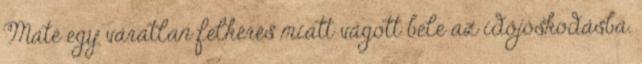
Máté egy vá­rat­lan fel­ké­rés miatt vá­gott bele az idő­jós­ko­dásba.